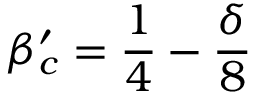
\beta _ { c } ^ { \prime } = \frac { 1 } { 4 } - \frac { \delta } { 8 }